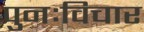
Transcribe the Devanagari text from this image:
पुनःविचार